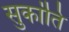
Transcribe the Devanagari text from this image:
सुकांति